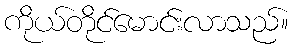
ကိုယ်တိုင်မောင်းလာသည်။